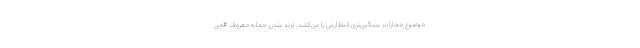
موضوع مجازات سنگین‌تری انتظارش را می‌کشد. ترند شدن جمله معروف #من